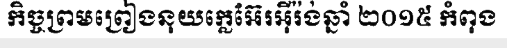
កិច្ចព្រមព្រៀងនុយក្លេអ៊ែរអ៊ីរ៉ង់ឆ្នាំ ២០១៥ កំពុង